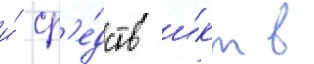
и́ ср'е́дств и́кт в